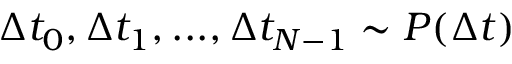
\Delta t _ { 0 } , \Delta t _ { 1 } , . . . , \Delta t _ { N - 1 } \sim P ( \Delta t )